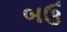
બઉ